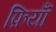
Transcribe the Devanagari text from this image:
फ़ियॉँ